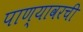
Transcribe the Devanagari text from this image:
पाण्यावरची